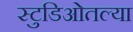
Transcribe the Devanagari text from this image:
स्टुडिओतल्या